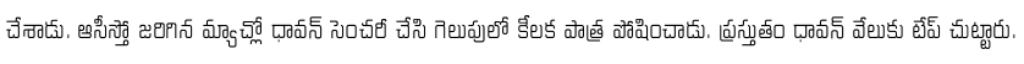
చేశాడు. ఆసీస్తో జరిగిన మ్యాచ్లో ధావన్ సెంచరీ చేసి గెలుపులో కీలక పాత్ర పోషించాడు. ప్రస్తుతం ధావన్ వేలుకు టేప్ చుట్టారు.